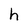
Character: h